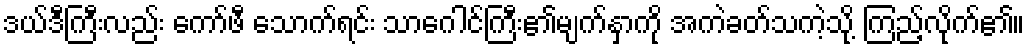
ဒယ်ဒီကြီးလည်း ကော်ဖီ သောက်ရင်း သာဂေါင်ကြီး၏မျက်နှာကို အကဲခတ်သကဲ့သို့ ကြည့်လိုက်၏။